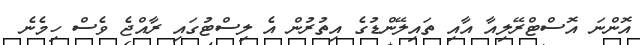
އޮންނަ އޮސްޓްރޭލިއާ އާއި ތައިލޭންޑުގެ އިތުރުން އެ ލިސްޓުގައި ރާއްޖެ ވެސް ހިމެނެ